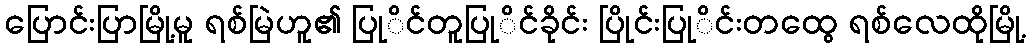
ပြောင်းပြာမြို့မူ ရစ်မြဲဟူ၏ ပြုိင်တူပြုိင်ခိုင်း ပြိုင်းပြုိင်းတထွေ ရစ်လေထိုမြို့